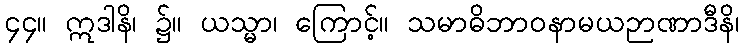
၄၄။ ဣဒါနိ၊ ၌။ ယသ္မာ၊ ကြောင့်။ သမာဓိဘာဝနာမယဉာဏာဒီနိ၊